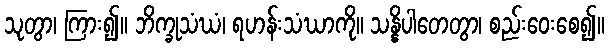
သုတွာ၊ ကြား၍။ ဘိက္ခုသံဃံ၊ ရဟန်းသံဃာကို။ သန္နိပါတေတွာ၊ စည်းဝေးစေ၍။